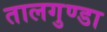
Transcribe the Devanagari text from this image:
तालगुण्डा